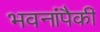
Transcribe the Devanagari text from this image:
भवनांपैकी